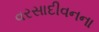
વરસાદીવનના